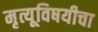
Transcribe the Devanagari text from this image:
मृत्यूविषयीचा